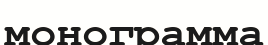
монограмма